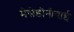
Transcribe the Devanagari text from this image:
मेसेडोनीयाई